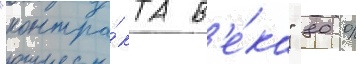
"контра́кта в'е́ка" 80 %